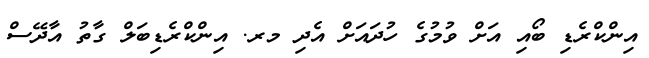
އިންކްރެޑި ބޯއި އަށް ވުމުގެ ހުދައަށް އެދި މރ. އިންކްރެޑިބަލް ގާތު އާދޭސް